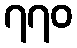
၇၇၀